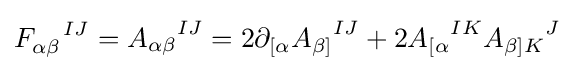
F_{\alpha \beta }^{\ \ \ IJ}={A_{\alpha \beta }}^{IJ}=2\partial _{[\alpha }{A_{\beta ]}}^{IJ}+2{A_{[\alpha }}^{IK}{A_{\beta ]K}}^{J}